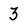
Character: 3